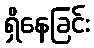
ရှိနေခြင်း